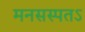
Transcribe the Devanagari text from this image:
मनसस्पतऽ